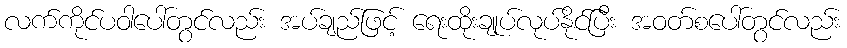
လက်ကိုင်ပဝါပေါ်တွင်လည်း အပ်ချည်ဖြင့် ရေးထိုးချုပ်လုပ်နိုင်ပြီး အဝတ်စပေါ်တွင်လည်း